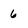
Character: 6